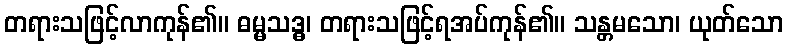
တရားသဖြင့်လာကုန်၏။ ဓမ္မသဒ္ဓ၊ တရားသဖြင့်ရအပ်ကုန်၏။ သန္တမသော၊ ယုတ်သော